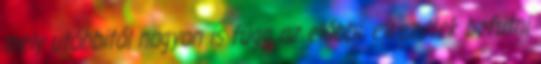
mely utóbbitól nagyon is függ az előbbi, elkezdtek befutni